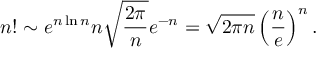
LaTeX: n ! \sim e ^ { n \ln n } n { \sqrt { \frac { 2 \pi } { n } } } e ^ { - n } = { \sqrt { 2 \pi n } } \left( { \frac { n } { e } } \right) ^ { n } .